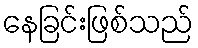
နေခြင်းဖြစ်သည်